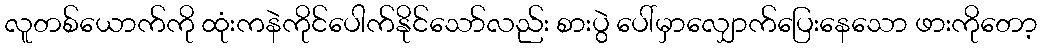
လူတစ်ယောက်ကို ထုံးကနဲကိုင်ပေါက်နိုင်သော်လည်း စားပွဲ ပေါ်မှာလျှောက်ပြေးနေသော ဖားကိုတော့